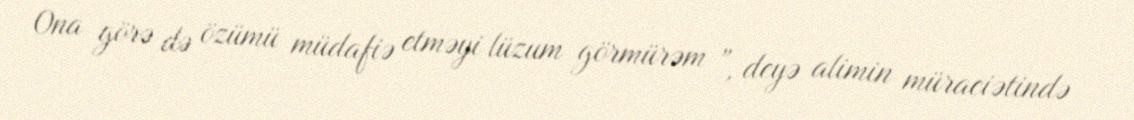
Ona görə də özümü müdafiə etməyi lüzum görmürəm ”, deyə alimin müraciətində